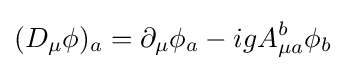
(D_{\mu }\phi )_{a}=\partial _{\mu }\phi _{a}-igA_{\mu a}^{b}\phi _{b}